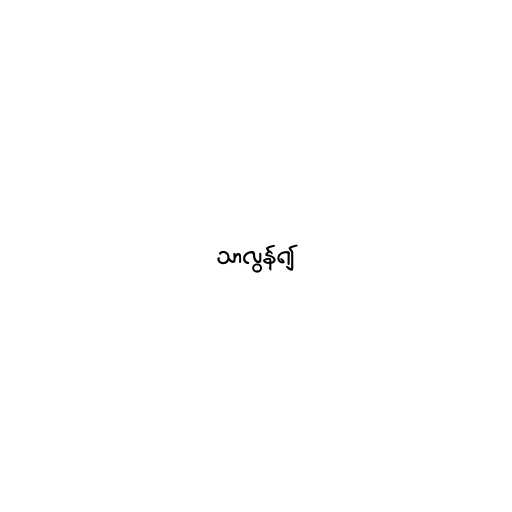
သာလွန်၍